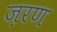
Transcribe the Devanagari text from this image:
ज़रण